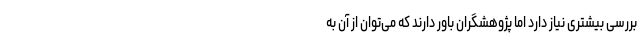
بررسی بیشتری نیاز دارد اما پژوهشگران باور دارند که می‌توان از آن به